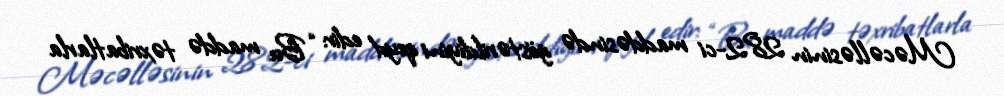
Məcəlləsinin 282-ci maddəsində göstərildiyini qeyd edir: “Bu maddə təxribatlarla